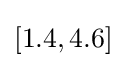
[1.4,4.6]